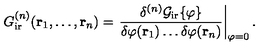
G _ { \mathrm { i r } } ^ { ( n ) } ( { \bf { r } } _ { 1 } , \ldots , { \bf { r } } _ { n } ) = \left. \frac { \delta ^ { ( n ) } { \cal { G } } _ { \mathrm { i r } } \{ \varphi \} } { \delta \varphi ( { \bf { r } } _ { 1 } ) \ldots \delta \varphi ( { \bf { r } } _ { n } ) } \right| _ { \varphi = 0 } .